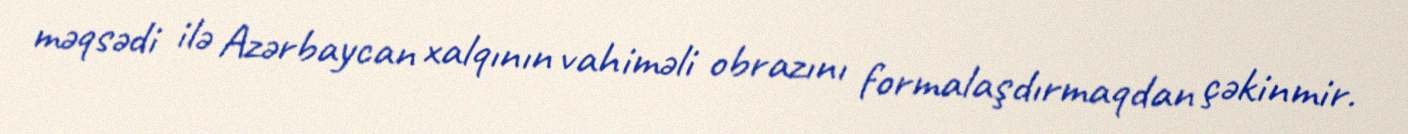
məqsədi ilə Azərbaycan xalqının vahiməli obrazını formalaşdırmaqdan çəkinmir.